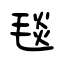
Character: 毯